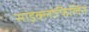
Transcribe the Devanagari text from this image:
साइक्लोफिलिन